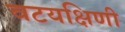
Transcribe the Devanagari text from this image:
वटयक्षिणी